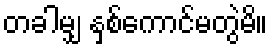
တခါမျှ နှစ်ကောင်မတွဲမိ။